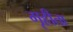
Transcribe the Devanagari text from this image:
गृहीता